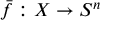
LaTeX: { \bar { f } } : X \to S ^ { n }